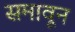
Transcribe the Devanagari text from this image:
समावून